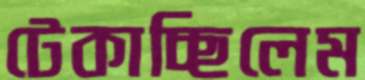
টেকাচ্ছিলেম